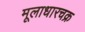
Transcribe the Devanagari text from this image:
मूलाधारचक्र